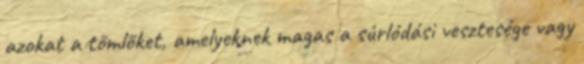
azokat a tömlõket, amelyeknek magas a súrlódási vesztesége vagy